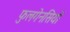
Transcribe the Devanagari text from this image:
फुलगेनसियों